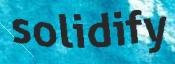
solidify